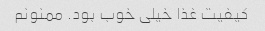
کیفیت غذا خیلی خوب بود. ممنونم